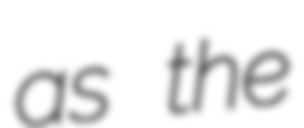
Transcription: as the